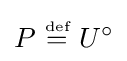
P~{\stackrel {\scriptscriptstyle {\text{def}}}{=}}~U^{\circ }